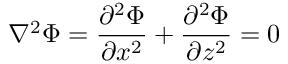
\nabla ^ { 2 } \Phi = \frac { \partial ^ { 2 } \Phi } { \partial x ^ { 2 } } + \frac { \partial ^ { 2 } \Phi } { \partial z ^ { 2 } } = 0